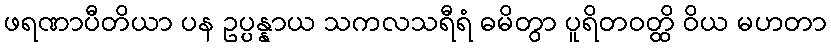
ဖရဏာပီတိယာ ပန ဥပ္ပန္နာယ သကလသရီရံ ဓမိတွာ ပူရိတဝတ္ထိ ဝိယ မဟတာ